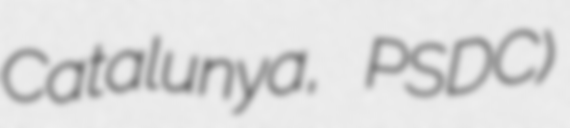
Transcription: Catalunya, PSDC)